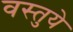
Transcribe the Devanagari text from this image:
वस्तुये